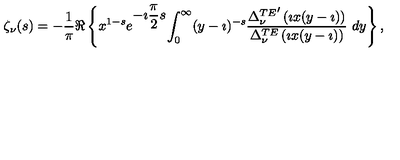
\begin{array} { c } { \zeta _ { \nu } ( s ) = \displaystyle { - \frac { 1 } { \pi } } \Re \left\{ x ^ { 1 - s } e ^ { \displaystyle { - \imath \frac { \pi } { 2 } s } } \displaystyle { \int _ { 0 } ^ { \infty } } ( y - \imath ) ^ { - s } \displaystyle { \frac { { \Delta _ { \nu } ^ { T E } } ^ { \prime } \left( \imath x ( y - \imath ) \right) } { \Delta _ { \nu } ^ { T E } \left( \imath x ( y - \imath ) \right) } } \ d y \right\} , } \\ \end{array}